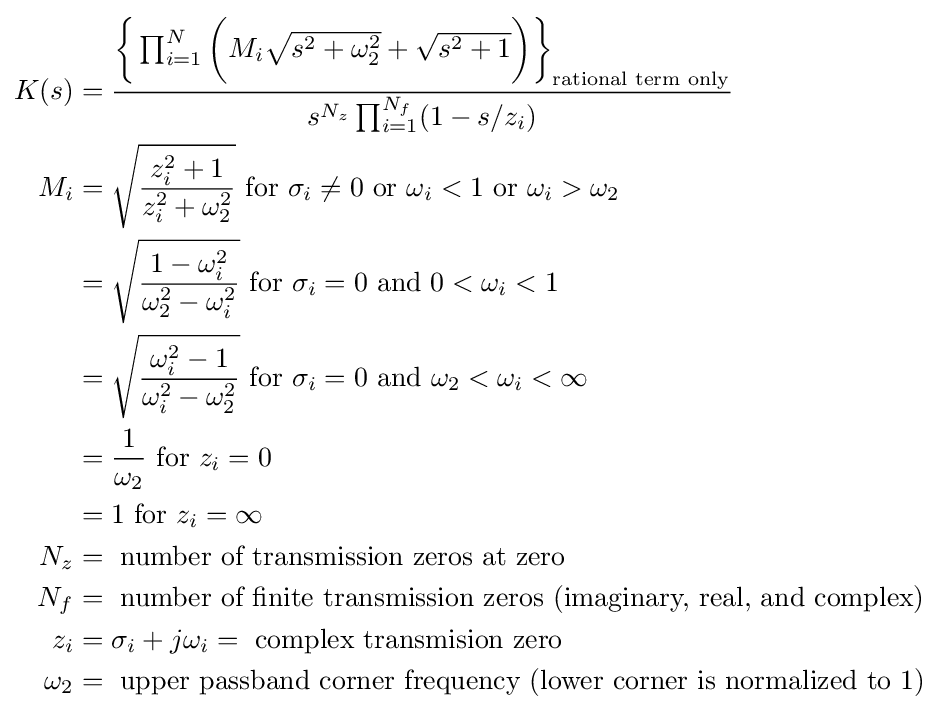
{\begin{aligned}K(s)&={\frac {{\bigg \{}\prod _{i=1}^{N}{\bigg (}M_{i}{\sqrt {s^{2}+\omega _{2}^{2}}}+{\sqrt {s^{2}+1}}{\bigg )}{\bigg \}}_{\text{rational term only}}}{s^{N_{z}}\prod _{i=1}^{N_{f}}(1-s/z_{i})}}\\M_{i}&={\sqrt {\frac {z_{i}^{2}+1}{z_{i}^{2}+\omega _{2}^{2}}}}{\text{ for }}\sigma _{i}\neq 0{\text{ or }}\omega _{i}<1{\text{ or }}\omega _{i}>\omega _{2}\\&={\sqrt {\frac {1-\omega _{i}^{2}}{\omega _{2}^{2}-\omega _{i}^{2}}}}{\text{ for }}\sigma _{i}=0{\text{ and }}0<\omega _{i}<1\\&={\sqrt {\frac {\omega _{i}^{2}-1}{\omega _{i}^{2}-\omega _{2}^{2}}}}{\text{ for }}\sigma _{i}=0{\text{ and }}\omega _{2}<\omega _{i}<\infty \\&={\frac {1}{\omega _{2}}}{\text{ for  }}z_{i}=0\\&=1{\text{ for  }}z_{i}=\infty \\N_{z}&={\text{ number of transmission zeros at zero}}\\N_{f}&={\text{ number of finite transmission zeros (imaginary, real, and complex)}}\\z_{i}&=\sigma _{i}+j\omega _{i}={\text{ complex transmision zero}}\\\omega _{2}&={\text{ upper passband corner frequency (lower corner is normalized to 1)}}\\\end{aligned}}